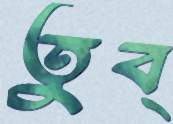
তুব্‌